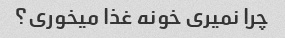
چرا نمیری خونه غذا میخوری؟